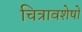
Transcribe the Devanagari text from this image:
चित्रावशेषों